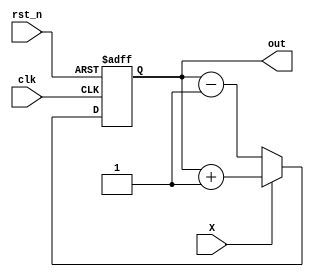
`timescale 1ns / 1ps
//////////////////////////////////////////////////////////////////////////////////
// Company: 
// Engineer: 
// 
// Design Name: 
// Module Name: module1
// Project Name: 
// Target Devices: 
// Tool Versions: 
// Description: 
// 
// Dependencies: 
// 
// Revision:
// Revision 0.01 - File Created
// Additional Comments:
// 
//////////////////////////////////////////////////////////////////////////////////


module module1( input X,
                input clk,rst_n,
                output reg [2:0]out
    );
    
    wire [2:0] i;
   
    
    always @(posedge clk or negedge rst_n)

      begin
            if (!rst_n)
                out = 0;
    
           else begin
                if(X == 1)
                        out = out +1;
               else  
                        out = out -1;    
            end
        end    
    
    assign i = out;
    
endmodule